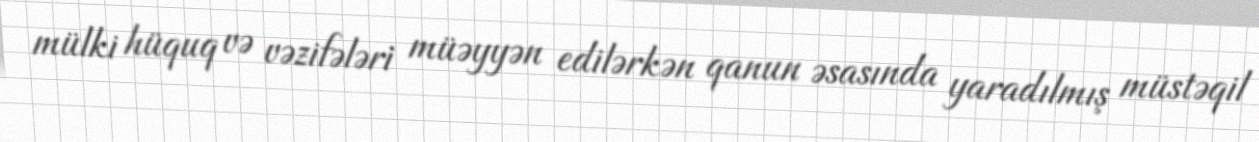
mülki hüquq və vəzifələri müəyyən edilərkən qanun əsasında yaradılmış müstəqil